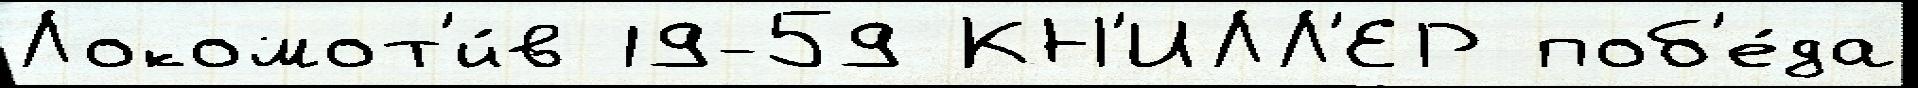
Локомот'и́в 19-59 КН'ИЛЛ'ЕР поб'е́да